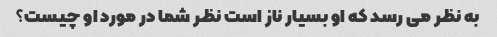
به نظر می رسد که او بسیار ناز است نظر شما در مورد او چیست؟